Punjab Mental Hospital Lahore 1922-31 - 1922-1931
Year: 1922
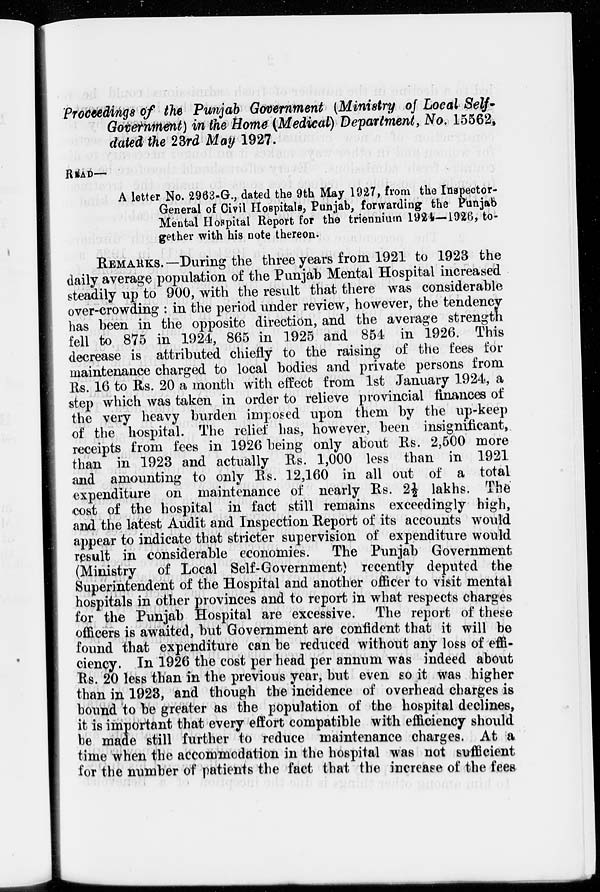
Proceedings of the Punjab Government (Ministry of Local Self-
Government) in the Home (Medical) Department, No. 15562,
dated the 23rd May 1927.
READ—
A letter No. 2963-G., dated the 9th May 1927, from the Inspector-
General of Civil Hospitals, Punjab, forwarding the Punjab
Mental Hospital Report for the triennium 1924 — 1926, to-
gether with his note thereon.
REMARKS. —During the three years from 1921 to 1923 the
daily average population of the Punjab Mental Hospital increased
steadily up to 900, with the result that there was considerable
over-crowding : in the period under review, however, the tendency-
has been in the opposite direction, and the average strength
fell to 875 in 1924, 865 in 1925 and 854 in 1926. This
decrease is attributed chiefly to the raising of the fees for
maintenance charged to local bodies and private persons from
Rs. 16 to Rs. 20 a month with effect from 1st January 1924, a
step which was taken in order to relieve provincial finances of
the very heavy burden imposed upon them by the up-keep
of the hospital. The relief has, however, been insignificant,
receipts from fees in 1926 being only about Rs. 2,500 more
than in 1923 and actually Rs. 1,000 less than in 1921
and amounting to only Rs. 12,160 in all out of a total
expenditure on maintenance of nearly Rs. 2½ lakhs. The
cost of the hospital in fact still remains exceedingly high,
and the latest Audit and Inspection Report of its accounts would
appear to indicate that stricter supervision of expenditure would
result in considerable economies. The Punjab Government
(Ministry of Local Self-Government) recently deputed the
Superintendent of the Hospital and another officer to visit mental
hospitals in other provinces and to report in what respects charges
for the Punjab Hospital are excessive. The report of these
officers is awaited, but Government are confident that it will be
found that expenditure can be reduced without any loss of effi-
ciency. In 1926 the cost per head per annum was indeed about
Rs. 20 less than in the previous year, but even so it was higher
than in 1923, and though the incidence of overhead charges is
bound to be greater as the population of the hospital declines,
it is important that every effort compatible with efficiency should
be made still further to reduce maintenance charges. At a
time when the accommodation in the hospital was not sufficient
for the number of patients the fact that the increase of the fees